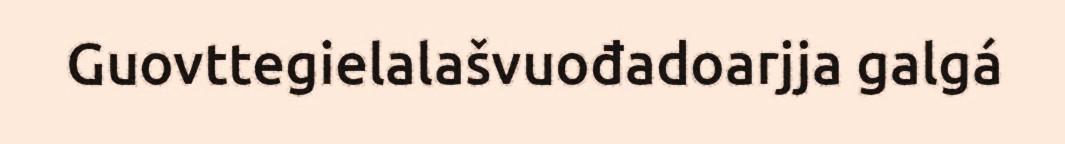
Guovttegielalašvuođadoarjja galgá